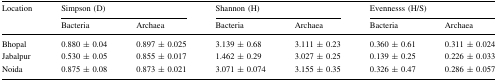
<table><thead><tr><td rowspan="2"><b>Location</b></td><td colspan="2"><b>Simpson (D)</b></td><td colspan="2"><b>Shannon (H)</b></td><td colspan="2"><b>Evennesss (H/S)</b></td></tr><tr><td><b>Bacteria</b></td><td><b>Archaea</b></td><td><b>Bacteria</b></td><td><b>Archaea</b></td><td><b>Bacteria</b></td><td><b>Archaea</b></td></tr></thead><tbody><tr><td>Bhopal</td><td>0.880 ± 0.04</td><td>0.897 ± 0.025</td><td>3.139 ± 0.68</td><td>3.111 ± 0.23</td><td>0.360 ± 0.61</td><td>0.311 ± 0.024</td></tr><tr><td>Jabalpur</td><td>0.530 ± 0.05</td><td>0.855 ± 0.017</td><td>1.462 ± 0.29</td><td>3.027 ± 0.25</td><td>0.139 ± 0.25</td><td>0.226 ± 0.033</td></tr><tr><td>Noida</td><td>0.875 ± 0.08</td><td>0.873 ± 0.021</td><td>3.071 ± 0.074</td><td>3.155 ± 0.35</td><td>0.326 ± 0.47</td><td>0.286 ± 0.057</td></tr></tbody></table>